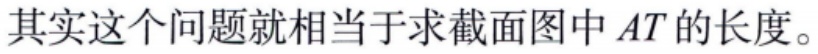
其实这个问题就相当于求截面图中 \(AT\) 的长度。